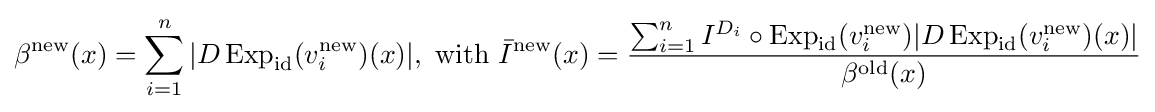
\beta ^{\text{new}}(x)=\sum _{i=1}^{n}|D\operatorname {Exp} _{\mathrm {id} }(v_{i}^{\text{new}})(x)|,{\text{ with }}{\bar {I}}^{\text{new}}(x)={\frac {\sum _{i=1}^{n}I^{D_{i}}\circ \operatorname {Exp} _{\mathrm {id} }(v_{i}^{\text{new}})|D\operatorname {Exp} _{\mathrm {id} }(v_{i}^{\text{new}})(x)|}{\beta ^{\text{old}}(x)}}